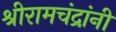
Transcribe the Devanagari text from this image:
श्रीरामचंद्रांनी